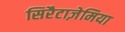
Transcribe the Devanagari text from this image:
सिरैटाज़ेमिया